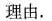
理由。